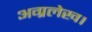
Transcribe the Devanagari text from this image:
अग्रलेख।